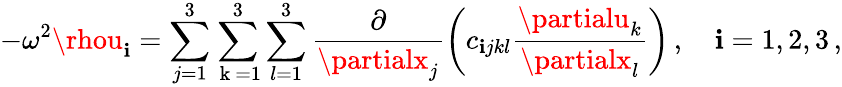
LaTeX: -\omega^{2}\rhou_{\mathbf{i}}=\sum_{j=1}^{3}\sum_{\mathrm{{~k~}}=1}^{3}\sum_{l=1}^{3}\frac{{\partial}}{{\partialx_{j}}}\left(c_{\mathbf{i}jkl}\frac{{\partialu_{k}}}{{\partialx_{l}}}\right)\, ,\quad\mathbf{i}=1,2,3\, ,